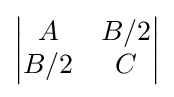
\left|{\begin{matrix}A&B/2\\B/2&C\end{matrix}}\right|